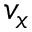
v _ { x }